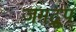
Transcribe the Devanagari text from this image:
जगद्रूप